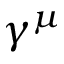
\gamma ^ { \mu }